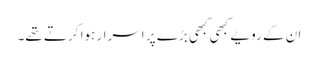
ان کے رویے کبھی کبھی بڑے پر اسرار ہوا کرتے تھے۔